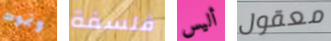
ونموت فلسفة أليس معقول